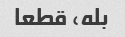
بله، قطعا